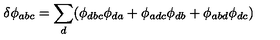
\delta \phi _ { a b c } = \sum _ { d } ( \phi _ { d b c } \phi _ { d a } + \phi _ { a d c } \phi _ { d b } + \phi _ { a b d } \phi _ { d c } )